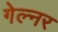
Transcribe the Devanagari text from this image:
गेल्नर